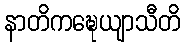
နာတိကဍ္ဎေယျာသီတိ